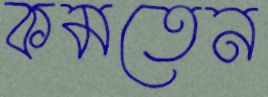
কমতেন